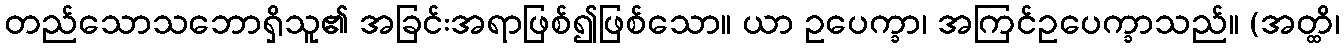
တည်သောသဘောရှိသူ၏ အခြင်းအရာဖြစ်၍ဖြစ်သော။ ယာ ဥပေက္ခာ၊ အကြင်ဥပေက္ခာသည်။ (အတ္ထိ၊